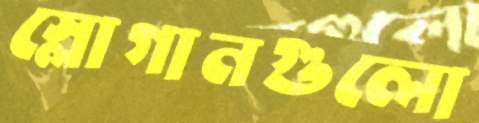
স্লোগানগুলো